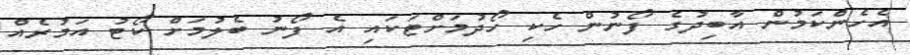
އެހެންކަމުން އާބިދުގެ ފޯނުން ހެކި ހޯދުމަށްޓަކައި އެ ފޯނު ބެލުމަށް ކޯޓު އަމުރެއް